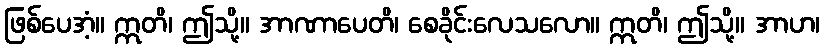
ဖြစ်ပေအံ့။ ဣတိ၊ ဤသို့။ အာဏာပေတိ၊ စေခိုင်းလေသလော။ ဣတိ၊ ဤသို့။ အာဟ၊